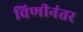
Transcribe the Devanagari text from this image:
विणीनंतर